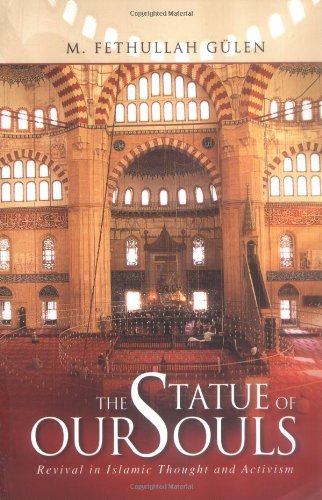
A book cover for The Statue of our Souls; M. Fethullah Gulen; Religion & Spirituality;